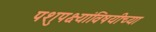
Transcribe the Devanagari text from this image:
पशुपक्ष्यांविषयीच्या